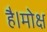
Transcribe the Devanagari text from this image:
है।मोक्ष